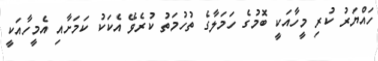
ހައްޔަރު ކުރި މީހާއަކީ ބޮމުގެ ހަމަލާގެ ތުހުމަތު ކުރެވޭ އެކަކު ކަމަށާއި އެމީހާއަކީ